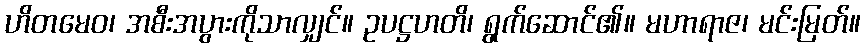
ဟိတမေဝ၊ အစီးအပွားကိုသာလျှင်။ ဥပဋ္ဌဟတိ၊ ရွက်ဆောင်၏။ မဟာရာဇ၊ မင်းမြတ်။